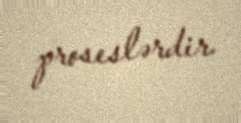
proseslərdir.